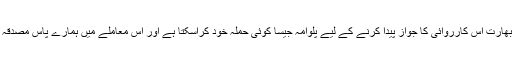
ان کا یہ بھی کہنا تھا کہ بھارت اس کارروائی کا جواز پیدا کرنے کے لیے پلوامہ جیسا کوئی حملہ خود کراسکتا ہے اور اس معاملے میں ہمارے پاس مصدقہ انٹیلی جنس معلومات ہیں۔